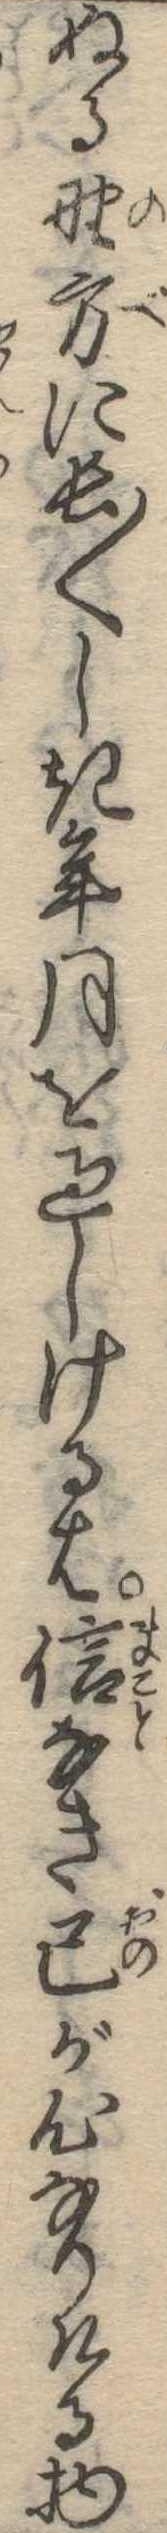
ぬる野方に長〱しき年月を過しけるは信なき己が心なりける物